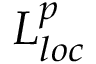
L _ { l o c } ^ { p }